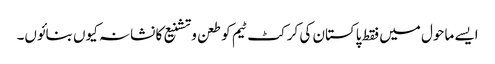
ایسے ماحول میں فقط پاکستان کی کرکٹ ٹیم کو طعن وتشنیع کا نشانہ کیوں بنائوں۔